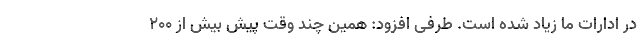
در ادارات ما زیاد شده است. طرفی افزود: همین چند وقت پیش بیش از ۲۰۰